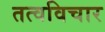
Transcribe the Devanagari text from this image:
तत्वविचार